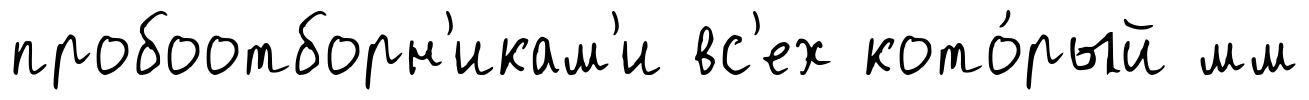
пробоотборн'икам'и вс'ех кото́рый мм